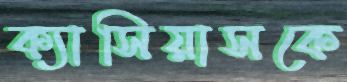
ক্যাসিয়াসকে